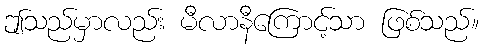
ဤသည်မှာလည်း မီလာနီကြောင့်သာ ဖြစ်သည်။